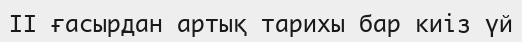
II ғасырдан артық тарихы бар киіз үй